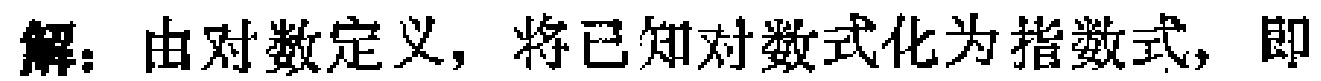
解：由对数定义，将已知对数式化为指数式，即